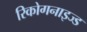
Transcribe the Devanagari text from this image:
रिकोगनाइज्ड